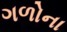
ગળોના